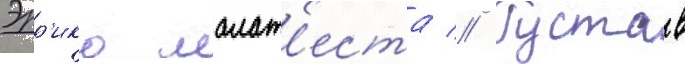
Эрр'ико малат'еста // Густав